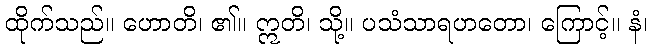
ထိုက်သည်။ ဟောတိ၊ ၏။ ဣတိ၊ သို့။ ပသံသာရဟတော၊ ကြောင့်။ နံ၊